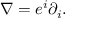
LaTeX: \nabla = e ^ { i } \partial _ { i } .